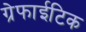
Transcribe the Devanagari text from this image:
ग्रेफाईटिक